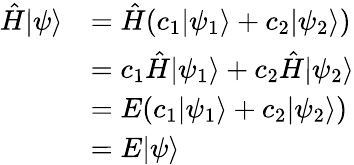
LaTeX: {\begin{array}{rl}{{\hat{H}}|\psi\rangle}&{={\hat{H}}(c_{1}|\psi_{1}\rangle+c_{2}|\psi_{2}\rangle)}\\ &{=c_{1}{\hat{H}}|\psi_{1}\rangle+c_{2}{\hat{H}}|\psi_{2}\rangle}\\ &{=E(c_{1}|\psi_{1}\rangle+c_{2}|\psi_{2}\rangle)}\\ &{=E|\psi\rangle}\end{array}}